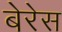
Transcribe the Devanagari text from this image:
बेरेस